65_HS1-834228961_62-HQ-83894_Serial_130
Agency: FBI
Page 12
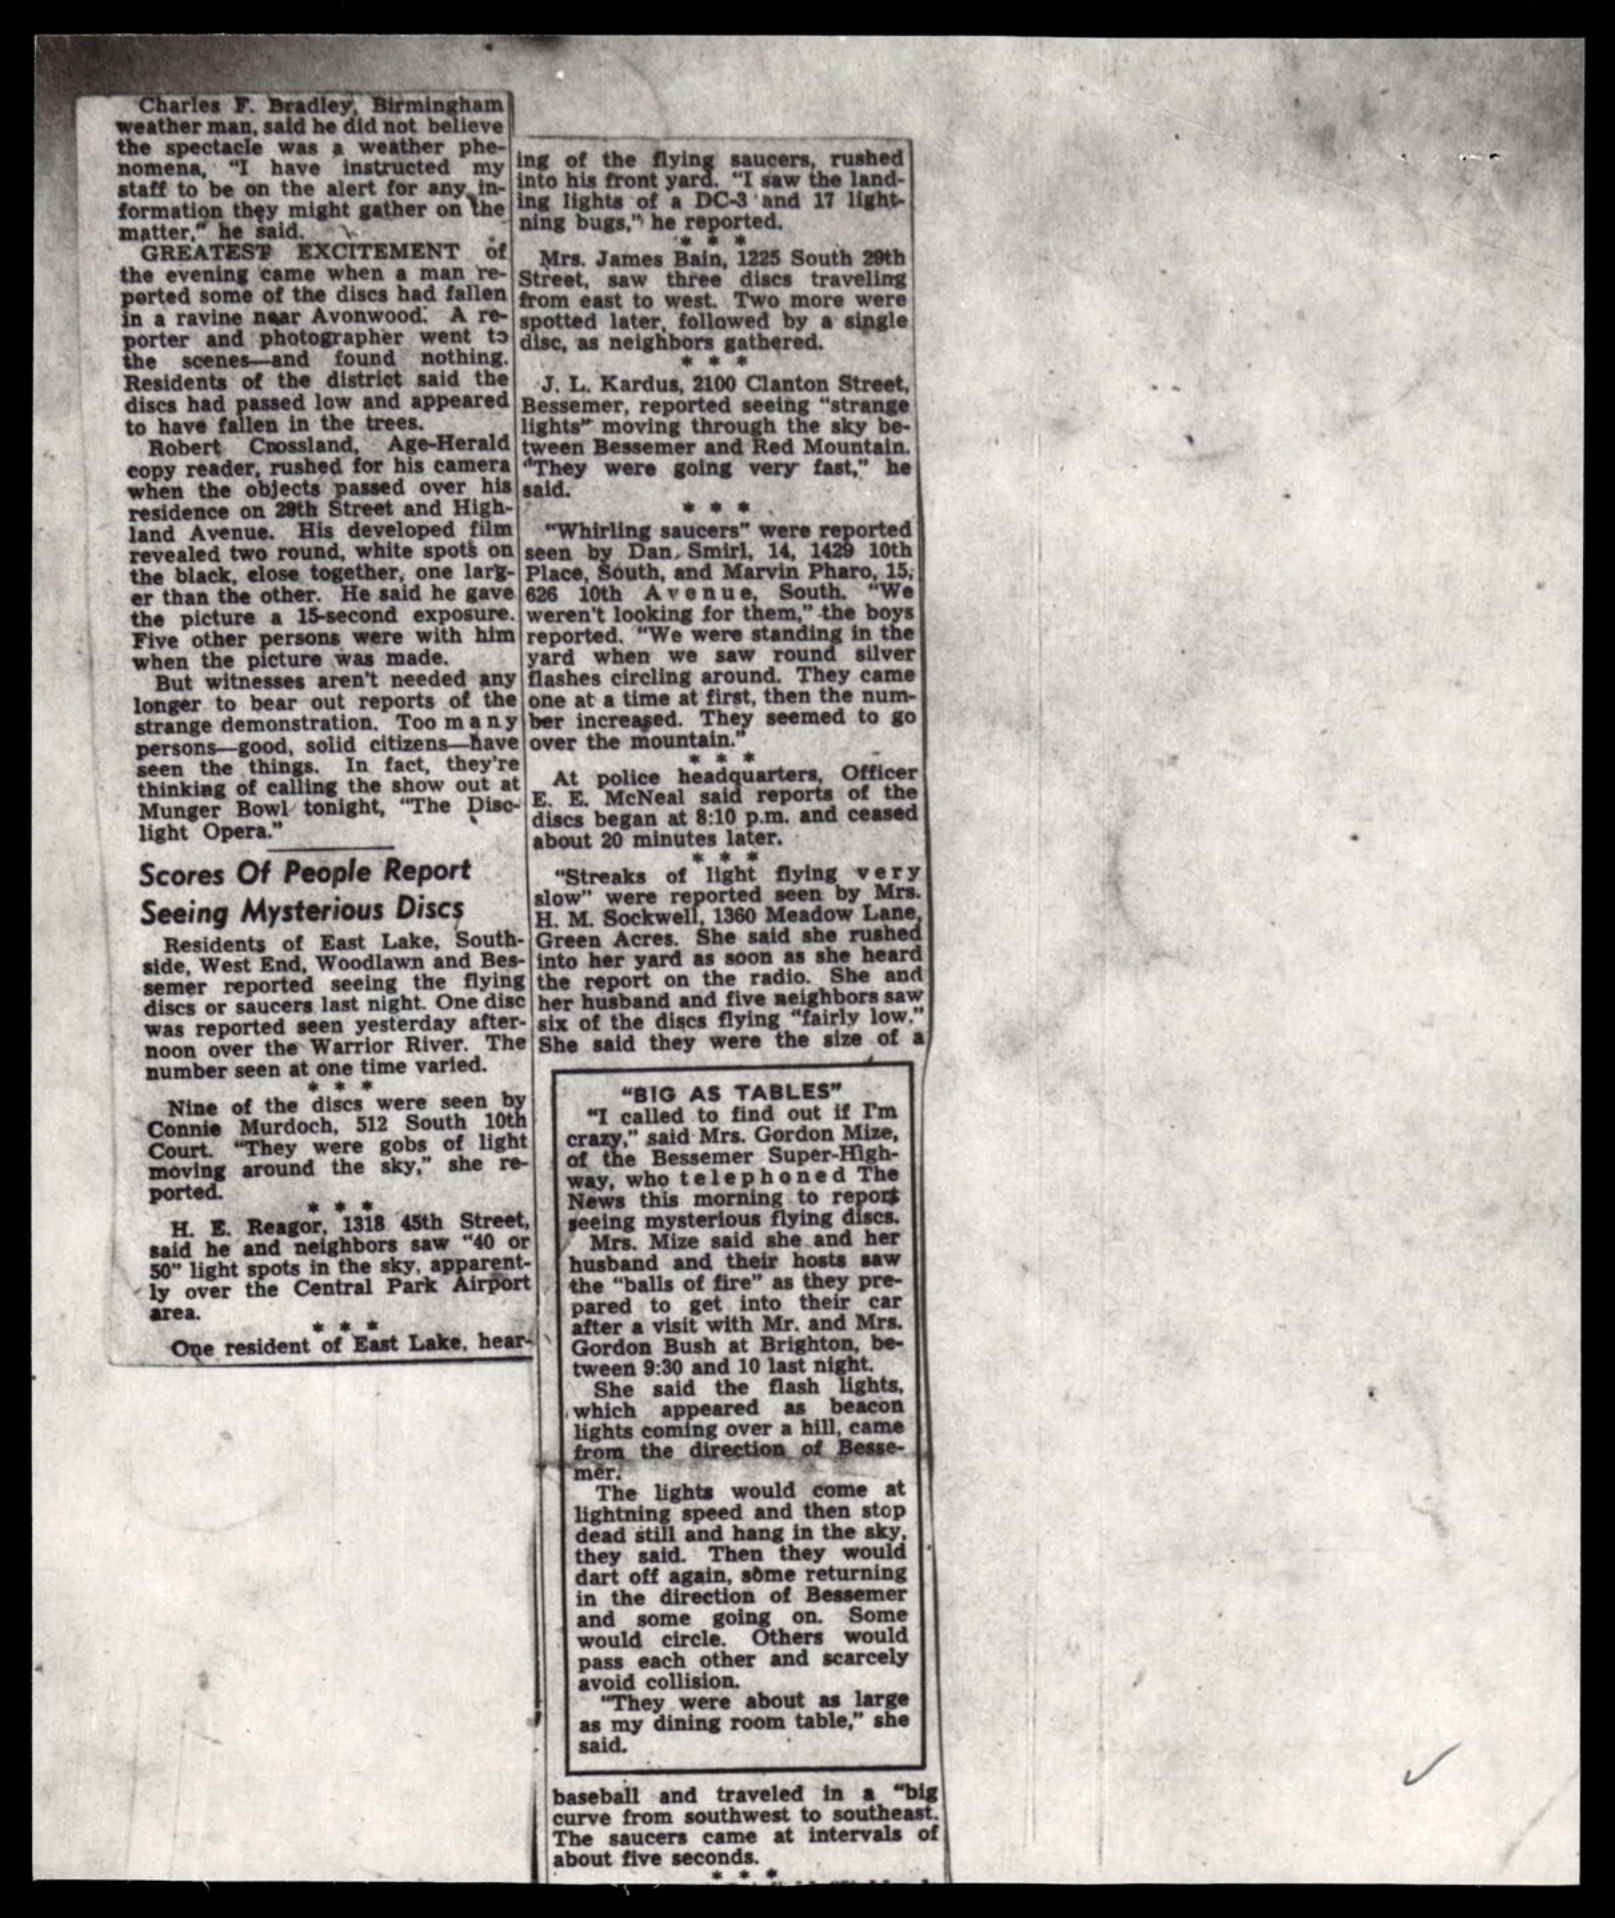